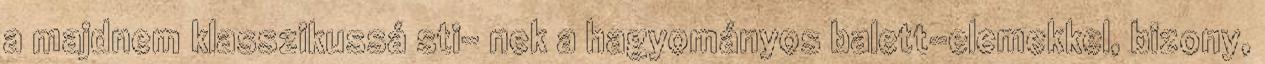
a majdnem klasszikussá sti- nek a hagyományos balett-elemekkel, bizony,